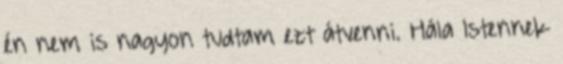
én nem is nagyon tudtam ezt átvenni. Hála Istennek